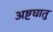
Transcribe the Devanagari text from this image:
अष्टघातु